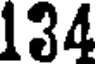
134